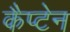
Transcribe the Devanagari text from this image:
कैप्‍टेन